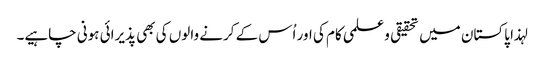
لہذا پاکستان میں تحقیقی وعلمی کام کی اور اُس کے کرنے والوں کی بھی پذیرائی ہونی چاہیے۔